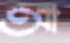
আ